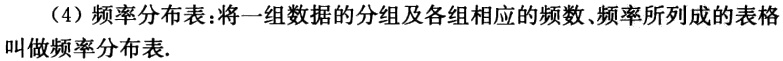
（4）频率分布表：将一组数据的分组及各组相应的频数、频率所列成的表格叫做频率分布表.